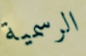
الرسمية